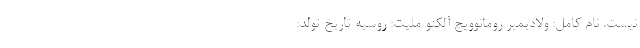
نیست. نام کامل‌: ولادیمیر رومانوویچ آلکنو ملیت: روسیه تاریخ تولد: